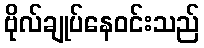
ဗိုလ်ချုပ်နေဝင်းသည်